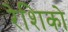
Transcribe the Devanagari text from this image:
रेशिको